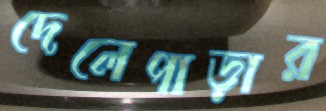
দেলেপাড়ার